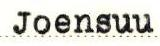
Joensuu